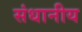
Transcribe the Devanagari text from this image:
संधानीय